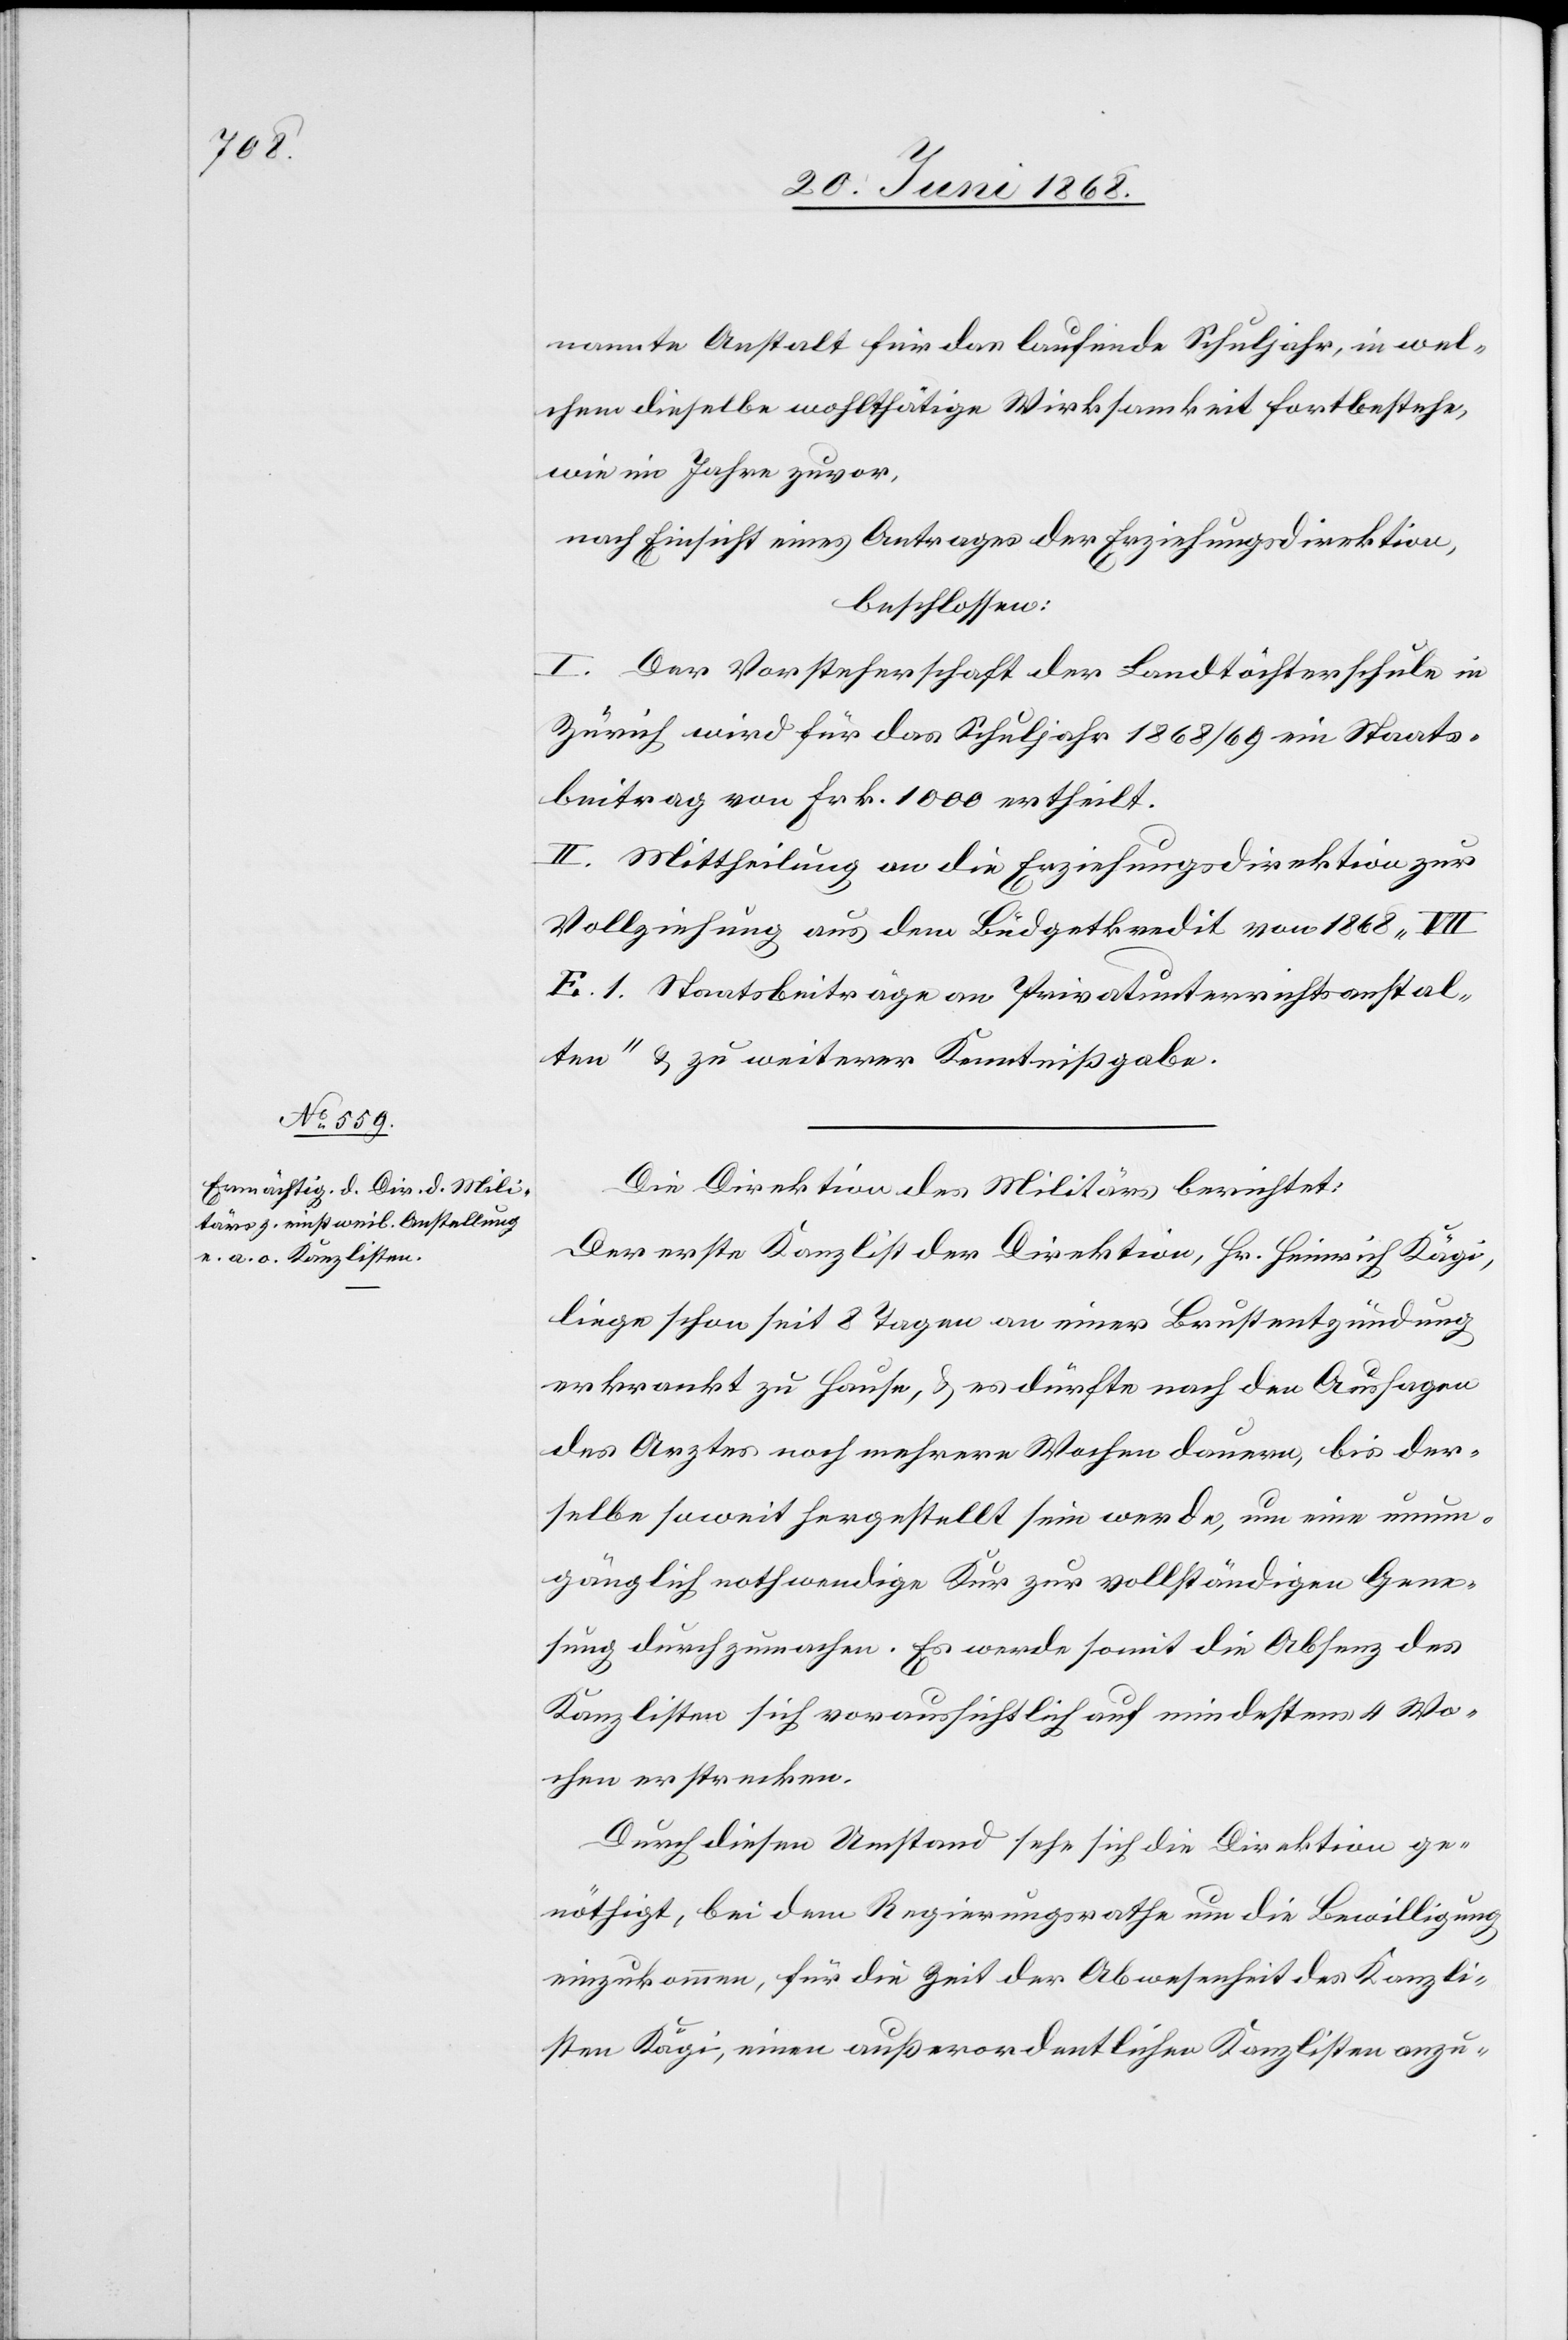
nannte Anstalt für das laufende Schuljahr, in wel¬
chem dieselbe wohlthätige Wirksamkeit fortbestehe,
wie im Jahre zuvor,
nach Einsicht eines Antrages der Erziehungsdirektion,
beschlossen:
I. Der Vorsteherschaft der Landtöchterschule in
Zürich wird für das Schuljahr 1868/69 ein Staats¬
beitrag von Frk. 1000 ertheilt.
II. Mittheilung an die Erziehungsdirektion zur
Vollziehung aus dem Büdgetkredit von 1868
E. 1. Staatsbeiträge an Privatunterrichtsanstal¬
ten“ & zu weiterer Kenntnißgabe.
Die Direktion des Militärs berichtet:
Der erste Kanzlist der Direktion, Hr. Heinrich Kägi,
liege schon seit 8 Tagen an einer Brustentzündung
erkrankt zu Hause, & es dürfte nach den Aussagen
des Arztes noch mehrere Wochen dauern, bis der¬
selbe soweit hergestellt sein werde, um eine unum¬
gänglich nothwendige Kur zur vollständigen Gene¬
sung durchzumachen. Es werde somit die Absenz des
Kanzlisten sich voraussichtlich auf mindestens 4 Wo¬
chen erstrecken.
Durch diesen Umstand sehe sich die Direktion ge¬
nöthigt, bei dem Regierungsrathe um die Bewilligung
einzukommen, für die Zeit der Abwesenheit des Kanzli¬
sten Kägi, einen außerordentlichen Kanzlisten anzu-